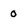
Character: 0